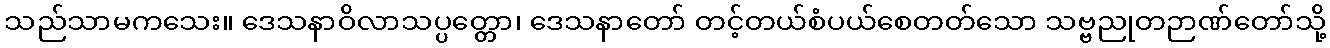
သည်သာမကသေး။ ဒေသနာဝိလာသပ္ပတ္တော၊ ဒေသနာတော် တင့်တယ်စံပယ်စေတတ်သော သဗ္ဗညုတဉာဏ်တော်သို့